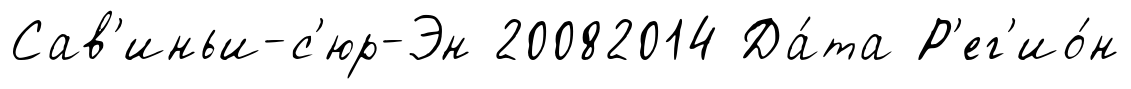
Сав'иньи-с'юр-Эн 20082014 Да́та Р'ег'ио́н